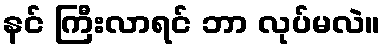
နင် ကြီးလာရင် ဘာ လုပ်မလဲ။